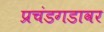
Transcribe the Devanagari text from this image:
प्रचंडगडावर